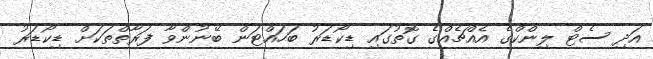
އަދި ސެޓް ލިންކްގެ އެއްޗެއްގެ ގޮތުގައި ޑިކޯޑަރު ބަހައްޓަން ބޭނުންވާ ފަރާތްތަކަށް ޑިކޯޑަރު